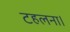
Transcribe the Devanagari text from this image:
टहलना।